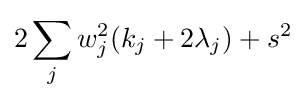
2\sum _{j}w_{j}^{2}(k_{j}+2\lambda _{j})+s^{2}